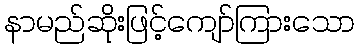
နာမည်ဆိုးဖြင့်ကျော်ကြားသော